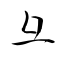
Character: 彑